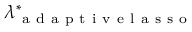
\lambda _ { \mathrm { ~ a ~ d ~ a ~ p ~ t ~ i ~ v ~ e ~ l ~ a ~ s ~ s ~ o ~ } } ^ { \ast }